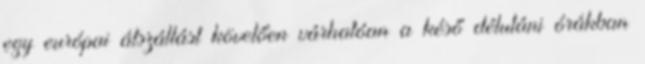
egy európai átszállást követően várhatóan a késő délutáni órákban